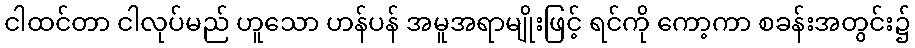
ငါထင်တာ ငါလုပ်မည် ဟူသော ဟန်ပန် အမူအရာမျိုးဖြင့် ရင်ကို ကော့ကာ စခန်းအတွင်း၌